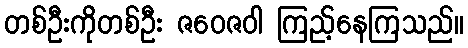
တစ်ဦးကိုတစ်ဦး ဇဝေဇဝါ ကြည့်နေကြသည်။